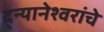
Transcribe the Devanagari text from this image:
द्न्यानेश्वरांचे